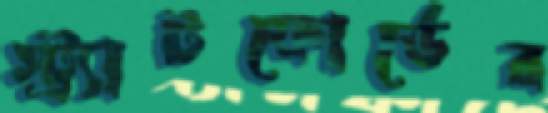
স্ট্র্যাটফোর্ডের